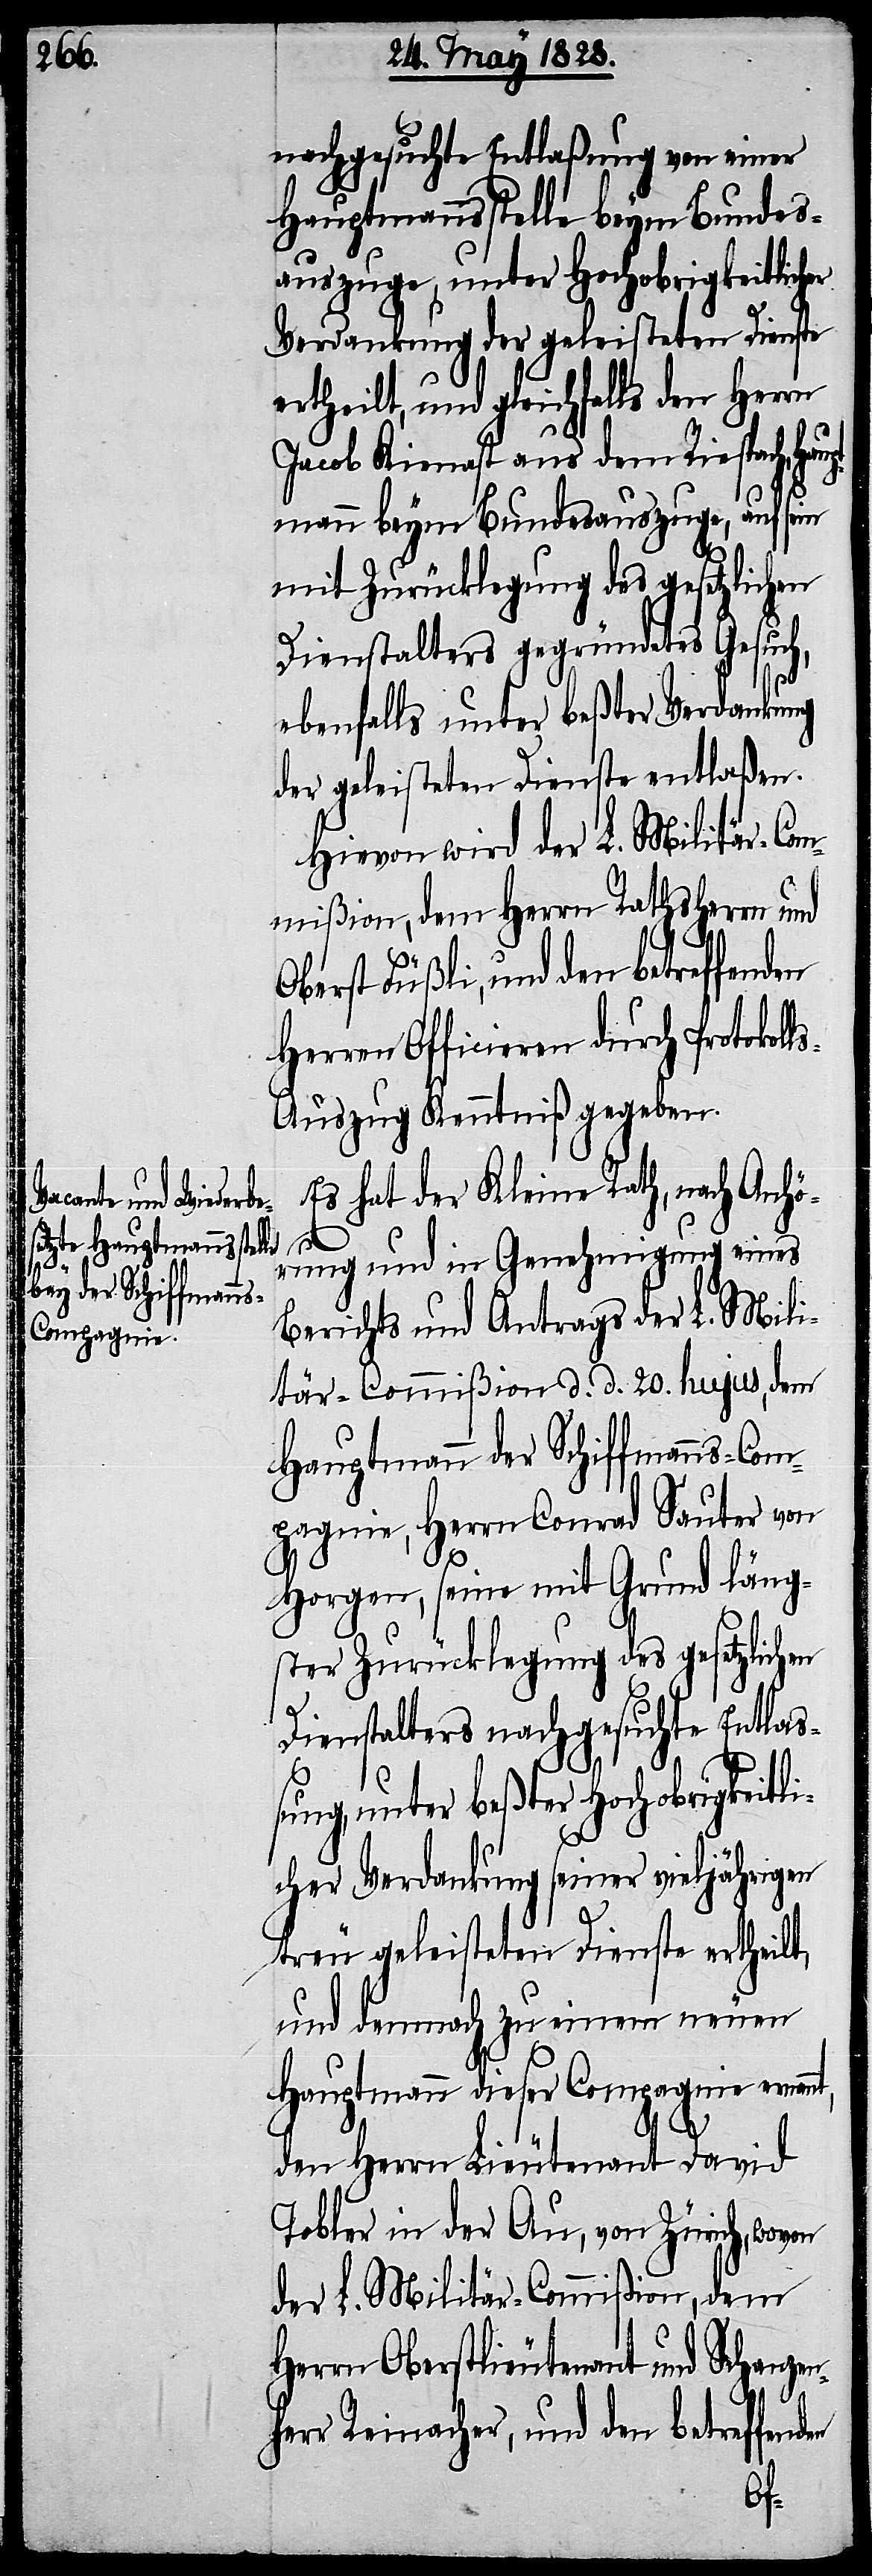
nachgesuchte Entlaßung von einer
Hauptmannsstelle beym Bundes¬
auszuge, unter Hochobrigkeitlicher
Verdankung der geleisteten Dienste
ertheilt, und gleichfalls den Herrn
Jacob Kienast aus dem Riespach, Ha¬
mann beym Bundesauszuge, auf sein
mit Zurücklegung des gesetzlichen
Dienstalters gegründetes Gesuch,
ebenfalls unter beßter Verdankung
der geleisteten Dienste entlaßen.
Hievon wird der L. Militär-Com¬
mißion, dem Herrn Rathsherrn und
Oberst Füßli, und den betreffenden
Herren Officieren durch Protokoll¬
s-Auszug Kenntniß gegeben.
Es hat der Kleine Rath, nach Anhö¬
upt¬
rung und in Genehmigung eines
Berichts und Antrags der L. Mili¬
tär-Commißion d. d. 20. hujus, dem
Hauptmann der Schiffmanns-Com¬
pagnie, Herrn Conrad Sauter von
Horgen, seine mit Grund läng¬
ster Zurücklegung des gesetzlichen
Dienstalters nachgesuchte Entlaß¬
ung, unter beßter Hochobrigkeitli¬
cher Verdankung seiner vieljährigen
treu geleisteten Dienste ertheilt,
und demnach zu einem neuen
Hauptmann dieser Compagnie ernan¬
nt,
den Herrn Lieutenant David
Tobler in der Au, von Zürich, wovon
der L. Militär-Commißion, dem
Herrn Oberstlieutenant und Schanzen¬
herr Reinacher, und den betreffenden